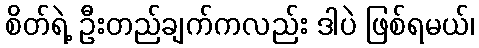
စိတ်ရဲ့ ဦးတည်ချက်ကလည်း ဒါပဲ ဖြစ်ရမယ်၊